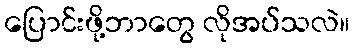
ပြောင်းဖို့ဘာတွေ လိုအပ်သလဲ။